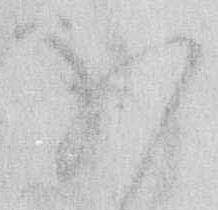
ほ